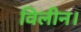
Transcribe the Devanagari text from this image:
विलीन।